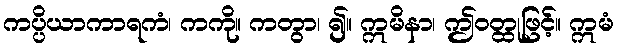
ကပ္ပိယာကာရကံ၊ ကကို။ ကတွာ၊ ၍။ ဣမိနာ၊ ဤဝတ္ထုဖြင့်။ ဣမံ